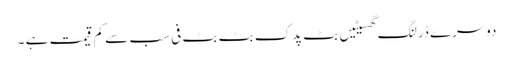
دوسرے ڈرلنگ گھسیٹیں بٹ پدک بٹ بٹ فی سب سے کم قیمت ہے ۔